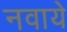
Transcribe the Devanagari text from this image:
नवाये